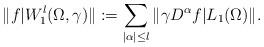
LaTeX: \begin{align*}\|f|W^{l}_{1}(\Omega,\gamma)\|:=\sum\limits_{|\alpha| \le l}\|\gamma D^{\alpha}f|L_{1}(\Omega)\|.\end{align*}